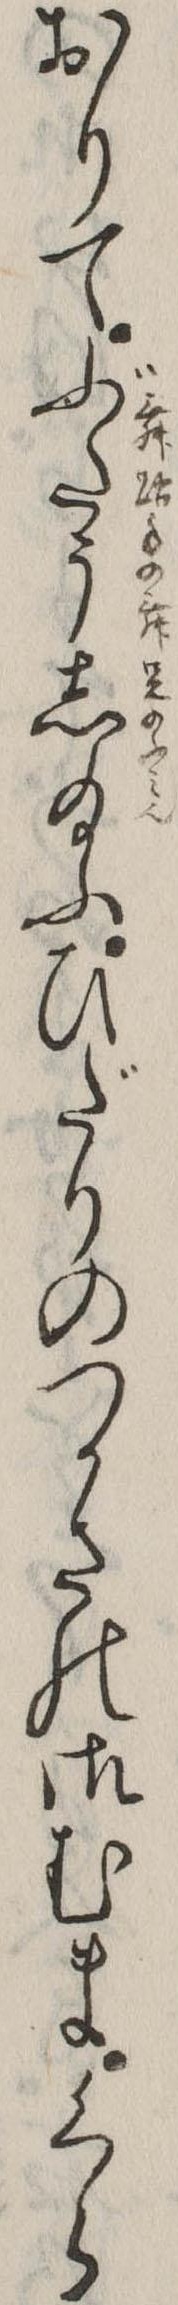
おりてぶたうし給ふひだりのつかさの御むまくら